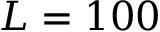
L = 1 0 0